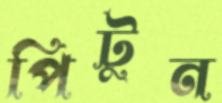
পিটুন